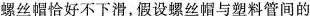
螺丝帽恰好不下滑，假设螺丝帽与塑料管间的